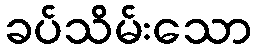
ခပ်သိမ်းသော